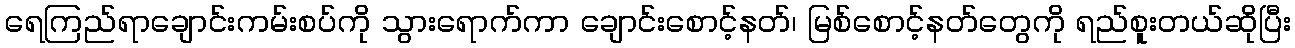
ရေကြည်ရာချောင်းကမ်းစပ်ကို သွားရောက်ကာ ချောင်းစောင့်နတ်၊ မြစ်စောင့်နတ်တွေကို ရည်စူးတယ်ဆိုပြီး